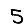
Digit: 5